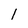
Character: 1